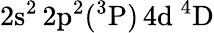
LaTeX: \mathrm{2s^{2}\, 2p^{2}(^{3}P)\, 4d~^{4}D}